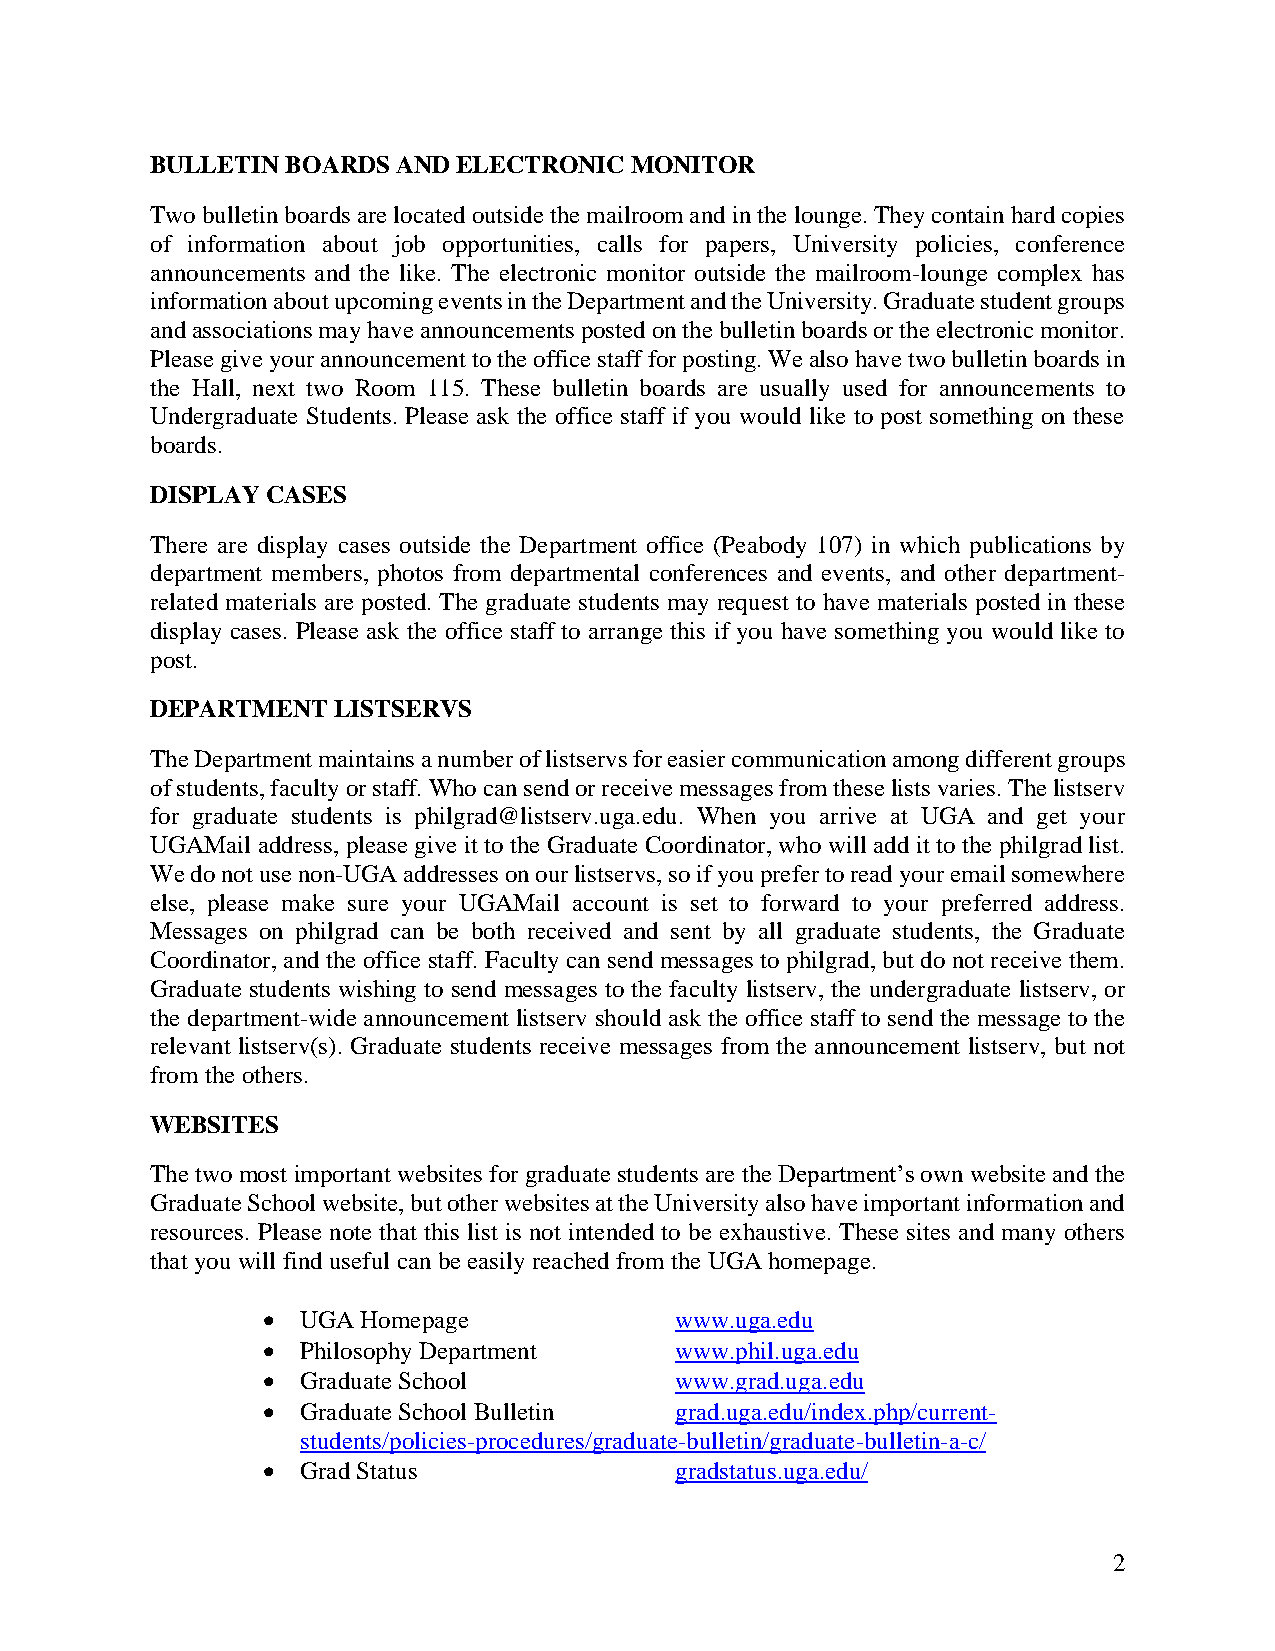
BULLETIN BOARDS AND ELECTRONIC  MONITOR
 Two bulletin boards are located outside the mailroom and in the lounge. They contain hard copies
 of information about job opportunities, calls for papers, University policies, conference
 announcements and the like. The electronic monitor outside the mailroom-lounge complex has
 information about upcoming events in the Department and the University. Graduate student groups
 and associations may have announcements posted on the bulletin boards or the electronic monitor.
 Please give your announcement to the office staff for posting. We also have two bulletin boards in
 the Hall, next two Room 115. These bulletin boards are usually used for announcements to
 Undergraduate Students. Please ask the office staff if you would like to post something on these
 boards.
 DISPLAY CASES
 There are display cases outside the Department office (Peabody 107) in which publications by
 department members, photos from departmental conferences and events, and other department-
 related materials are posted. The graduate students may request to have materials posted in these
 display cases. Please ask the office staff to arrange this if you have something you would like to
 post.
 DEPARTMENT  LISTSERVS
 The Department maintains a number of listservs for easier communication among different groups
 of students, faculty or staff. Who can send or receive messages from these lists varies. The listserv
 for graduate students is philgrad@listserv.uga.edu. When you arrive at UGA and get your
 UGAMail address, please give it to the Graduate Coordinator, who will add it to the philgrad list.
 We do not use non-UGA addresses on our listservs, so if you prefer to read your email somewhere
 else, please make sure your UGAMail account is set to forward to your preferred address.
 Messages on philgrad can be both received and sent by all graduate students, the Graduate
 Coordinator, and the office staff. Faculty can send messages to philgrad, but do not receive them.
 Graduate students wishing to send messages to the faculty listserv, the undergraduate listserv, or
 the department-wide announcement listserv should ask the office staff to send the message to the
 relevant listserv(s). Graduate students receive messages from the announcement listserv, but not
 from the others.
 WEBSITES
 The two most important websites for graduate students are the Department’s own website and the
 Graduate School website, but other websites at the University also have important information and
 resources. Please note that this list is not intended to be exhaustive. These sites and many others
 that you will find useful can be easily reached from the UGA homepage.
 •  UGA Homepage             www.uga.edu
 •  Philosophy Department    www.phil.uga.edu
 •  Graduate School          www.grad.uga.edu
 •  Graduate School Bulletin grad.uga.edu/index.php/current-
 students/policies-procedures/graduate-bulletin/graduate-bulletin-a-c/
 •  Grad Status              gradstatus.uga.edu/
 2